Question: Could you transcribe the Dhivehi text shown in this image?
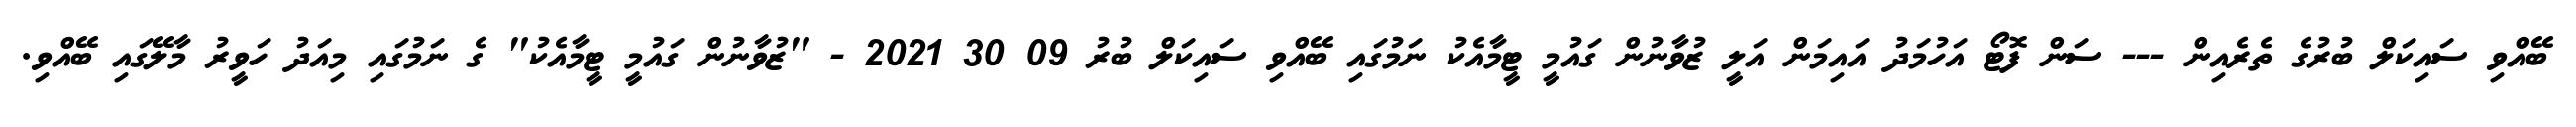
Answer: ބޭއްވި ސައިކަލް ބުރުގެ ތެރެއިން --- ސަން ފޮޓޯ އަހުމަދު އައިމަން އަލީ ޒުވާނުން ގައުމީ ޓީމާއެކު ނަމުގައި ބޭއްވި ސައިކަލް ބުރު 09 30 2021 - "ޒުވާނުން ގައުމީ ޓީމާއެކު" ގެ ނަމުގައި މިއަދު ހަވީރު މާލޭގައި ބޭއްވި.